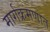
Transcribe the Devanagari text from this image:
मार्गक्रमणात